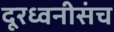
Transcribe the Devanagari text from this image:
दूरध्वनीसंच